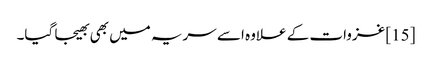
[15] غزوات کے علاوہ اسے سریہ میں بھی بھیجا گیا۔